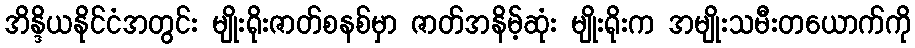
အိန္ဒိယနိုင်ငံအတွင်း မျိုးရိုးဇာတ်စနစ်မှာ ဇာတ်အနိမ့်ဆုံး မျိုးရိုးက အမျိုးသမီးတယောက်ကို